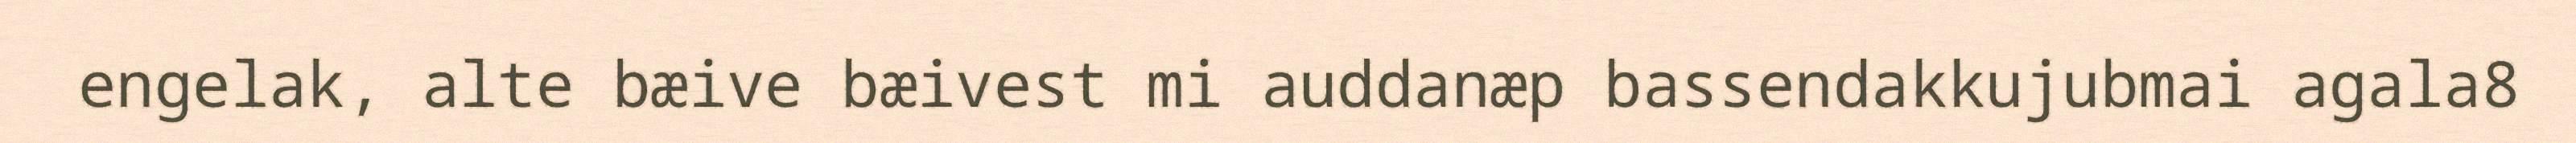
engelak, alte bæive bæivest mi auddanæp bassendakkujubmai agala8